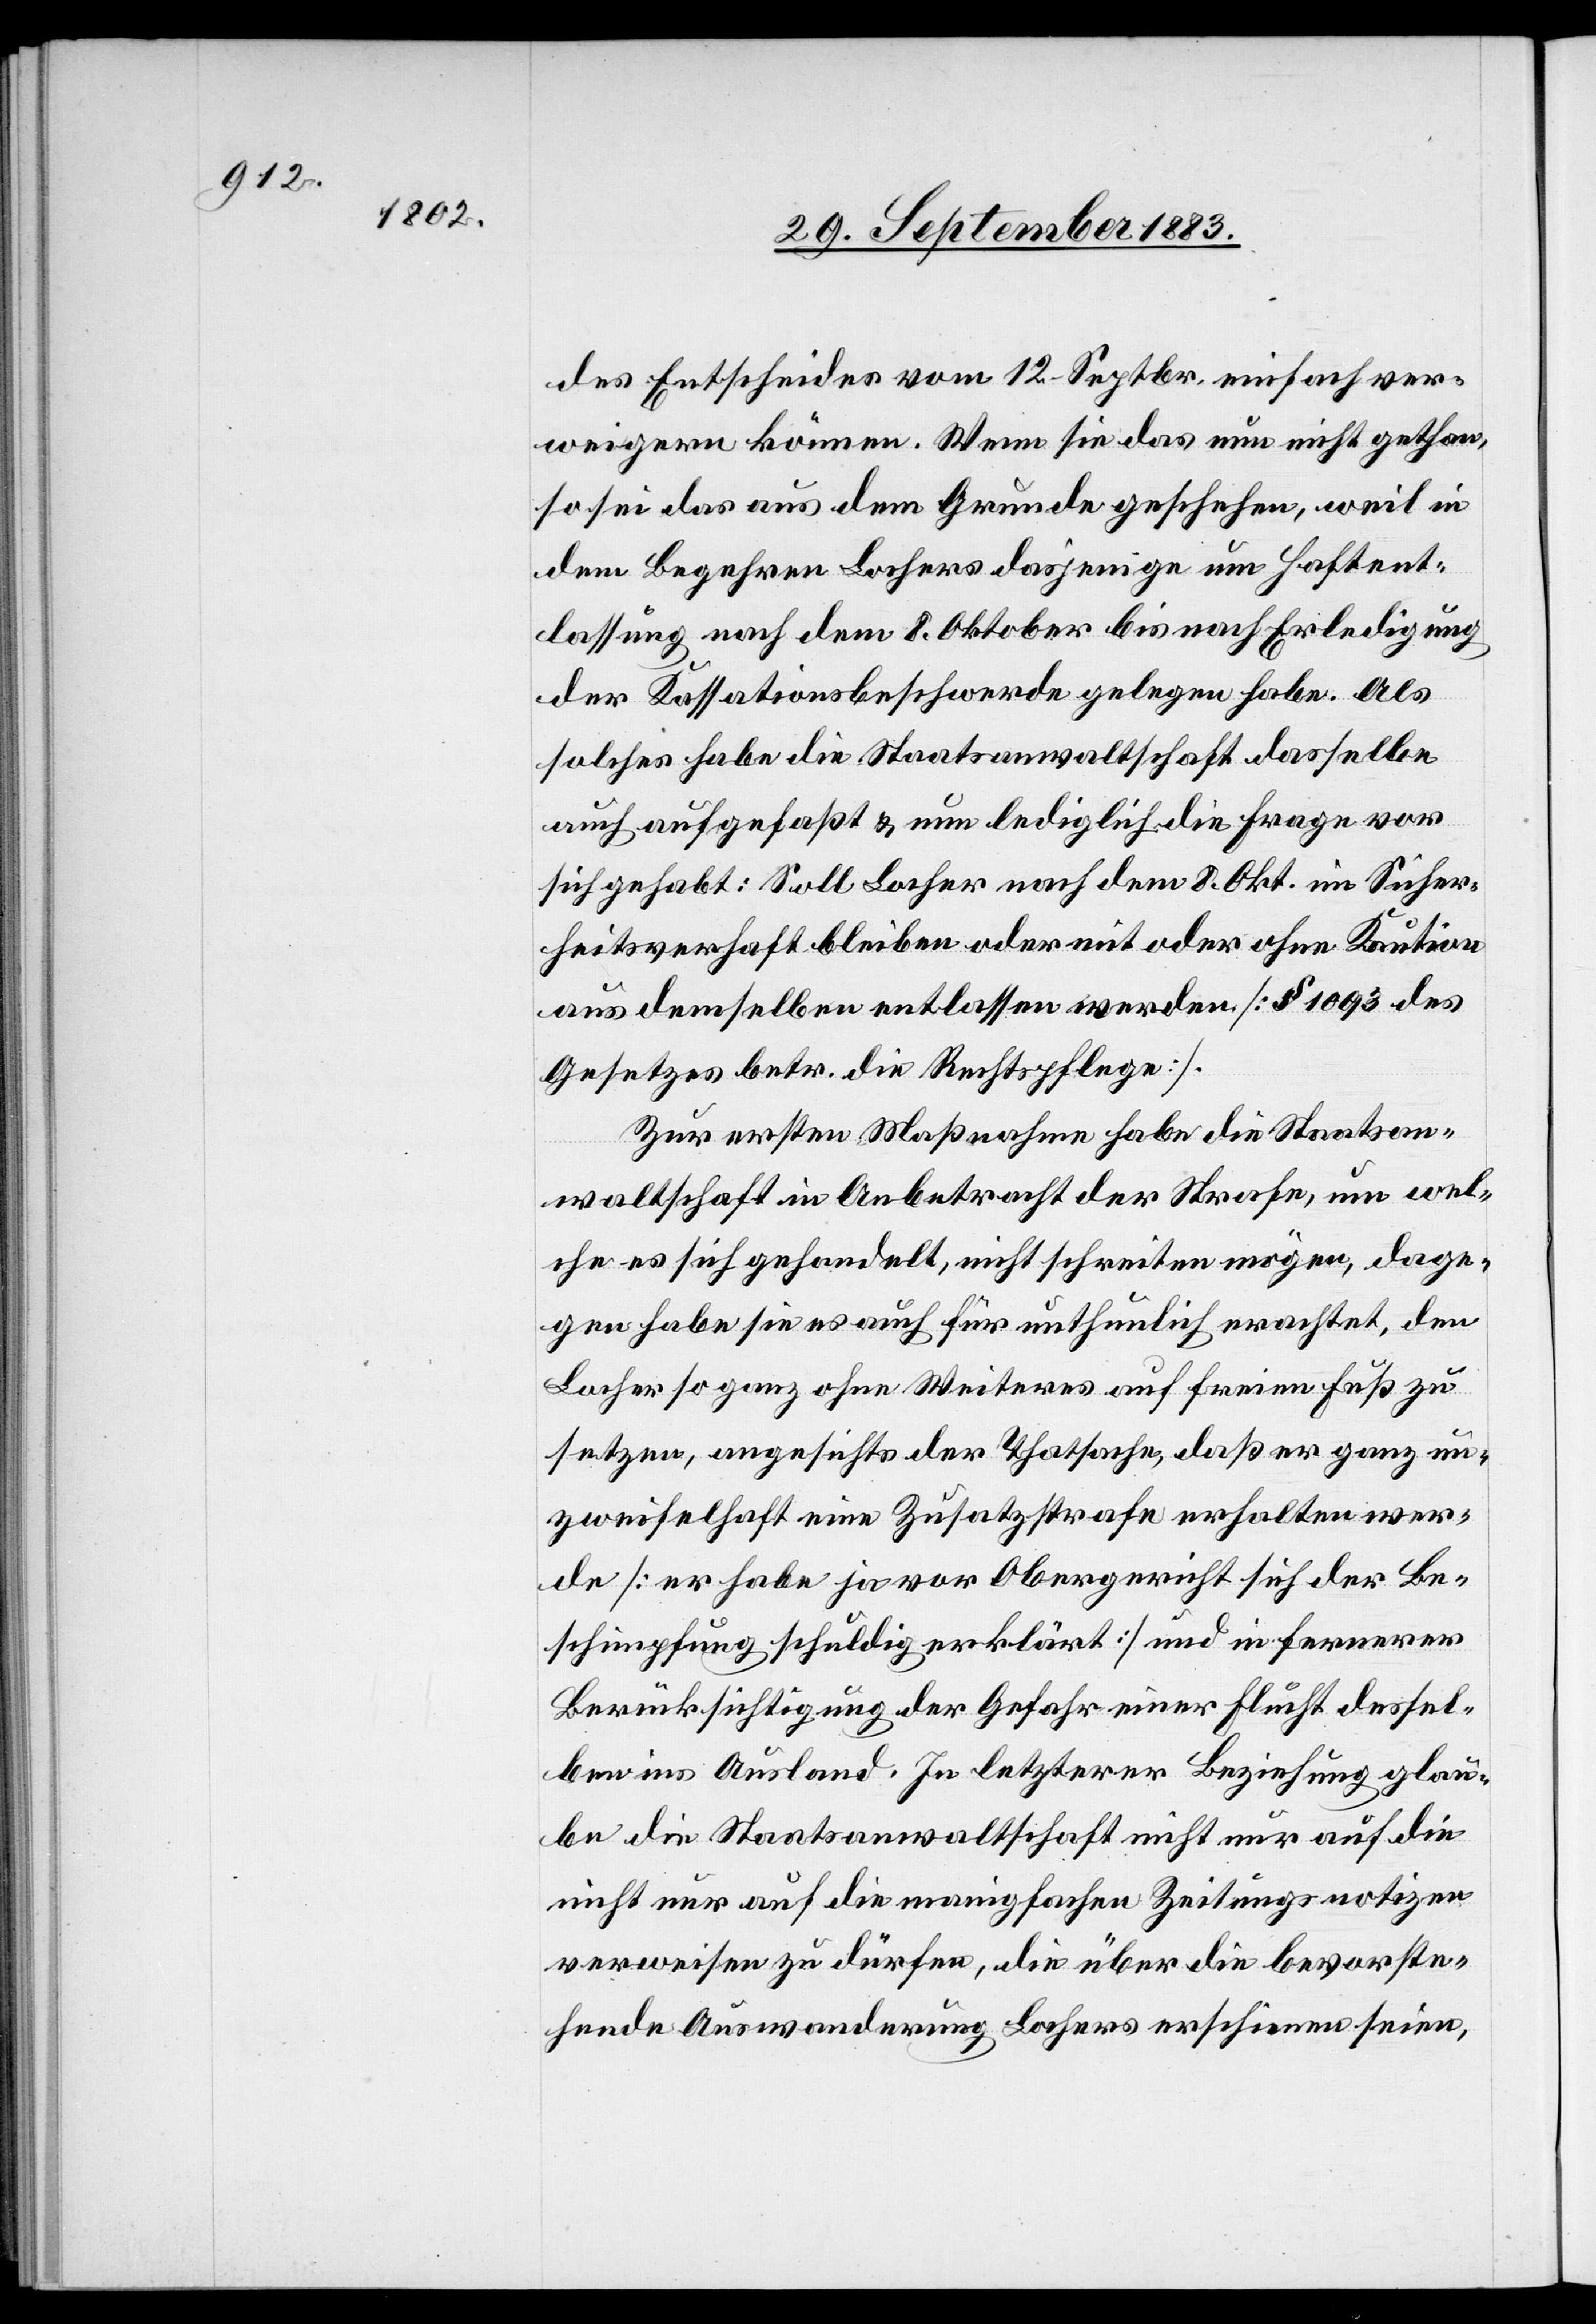
des Entscheides vom 12. Septbr. einfach ver¬
weigern können. Wenn sie das nun nicht gethan,
so sei das aus dem Grunde geschehen, weil in
dem Begehren Lochers dasjenige um Haftent¬
lassung nach dem 8. Oktober bis nach Erledigung
der Kassationsbeschwerde gelegen habe. Als
solches habe die Staatsanwaltschaft dasselbe
auch aufgefaßt & nun lediglich die Frage vor
sich gehabt: Soll Locher nach dem 8. Okt. im Sicher¬
heitsverhaft bleiben oder mit oder ohne Kaution
aus demselben entlassen werden [§ 1093 des
Gesetzes betr. die Rechtspflege].
Zur ersten Maßnahme habe die Staatsan¬
waltschaft in Anbetracht der Strafe, um wel¬
che es sich gehandelt, nicht schreiten mögen, dage¬
gen habe sie es auch für unthunlich erachtet, den
Locher so ganz ohne Weiteres auf freien Fuß zu
setzen, angesichts der Thatsache, daß er ganz un¬
zweifelhaft eine Zusatzstrafe erhalten wer¬
de [er habe ja vor Obergericht sich der Be¬
schimpfung schuldig erklärt] und in fernerer
Berücksichtigung der Gefahr einer Flucht dessel¬
ben ins Ausland. In letzterer Beziehung glau¬
be die Staatsanwaltschaft nicht nur auf die
nicht nur auf die [sic!] manigfachen Zeitungsnotizen
verweisen zu dürfen, die über die bevorste¬
hende Auswanderung Lochers erschienen seien,